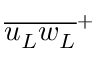
{ \overline { { { u _ { L } } { w _ { L } } } } } ^ { + }